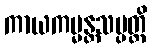
ကာယကမ္မန္တသမ္ပတ္တိ